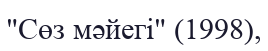
"Сөз мәйегі" (1998),